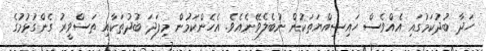
ހަދާ ބުދުކަމުގައި އެއްވެސް ހައިސިއްޔަތަކުން ނުބެލެވޭނެއެވެ. އެހެންކަމުން މިފަދަ ބުދުތަކާއި ތަސްވީރު ގެންގުޅުމުގެ